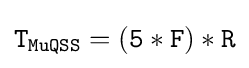
{\mathtt {T_{MuQSS}=(5*F)*R}}